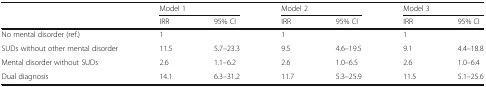
<table><thead><tr><td rowspan="2"></td><td colspan="2"><b>Model 1</b></td><td colspan="2"><b>Model 2</b></td><td colspan="2"><b>Model 3</b></td></tr><tr><td><b>IRR</b></td><td><b>95% CI</b></td><td><b>IRR</b></td><td><b>95% CI</b></td><td><b>IRR</b></td><td><b>95% CI</b></td></tr></thead><tbody><tr><td>No mental disorder (ref.)</td><td>1</td><td></td><td>1</td><td></td><td>1</td><td></td></tr><tr><td>SUDs without other mental disorder</td><td>11.5</td><td>5.7–23.3</td><td>9.5</td><td>4.6–19.5</td><td>9.1</td><td>4.4–18.8</td></tr><tr><td>Mental disorder without SUDs</td><td>2.6</td><td>1.1–6.2</td><td>2.6</td><td>1.0–6.5</td><td>2.6</td><td>1.0–6.4</td></tr><tr><td>Dual diagnosis</td><td>14.1</td><td>6.3–31.2</td><td>11.7</td><td>5.3–25.9</td><td>11.5</td><td>5.1–25.6</td></tr></tbody></table>